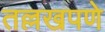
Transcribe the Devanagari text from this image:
तल्लखपणे